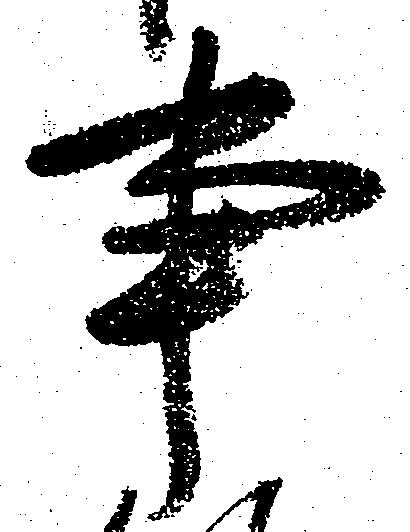
事